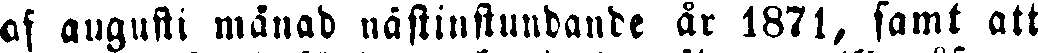
af augusti månad nästinstundande år 1871, samt att